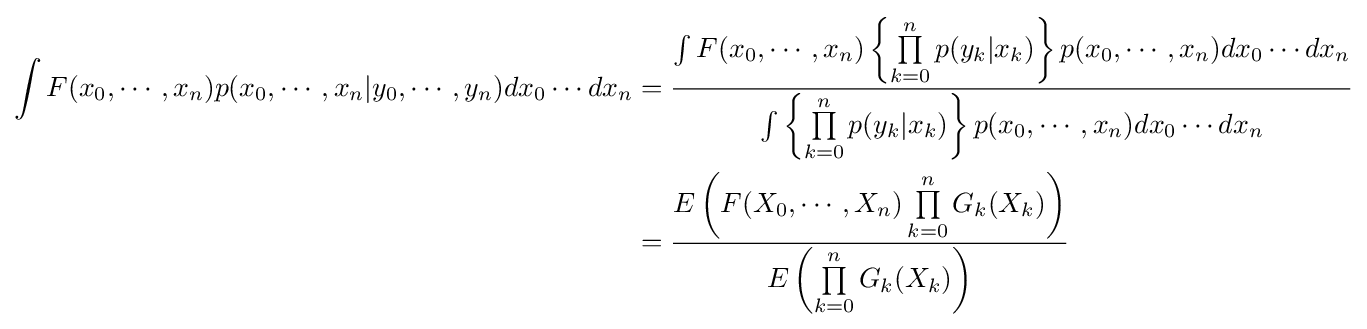
{\begin{aligned}\int F(x_{0},\cdots ,x_{n})p(x_{0},\cdots ,x_{n}|y_{0},\cdots ,y_{n})dx_{0}\cdots dx_{n}&={\frac {\int F(x_{0},\cdots ,x_{n})\left\{\prod \limits _{k=0}^{n}p(y_{k}|x_{k})\right\}p(x_{0},\cdots ,x_{n})dx_{0}\cdots dx_{n}}{\int \left\{\prod \limits _{k=0}^{n}p(y_{k}|x_{k})\right\}p(x_{0},\cdots ,x_{n})dx_{0}\cdots dx_{n}}}\\&={\frac {E\left(F(X_{0},\cdots ,X_{n})\prod \limits _{k=0}^{n}G_{k}(X_{k})\right)}{E\left(\prod \limits _{k=0}^{n}G_{k}(X_{k})\right)}}\end{aligned}}